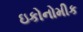
ઇકોનોમીક